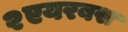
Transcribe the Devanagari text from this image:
२एयरबस